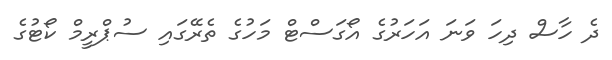
ދެ ހާސް ދިހަ ވަނަ އަހަރުގެ އޯގަސްޓް މަހުގެ ތެރޭގައި ސުޕްރީމް ކޯޓުގެ